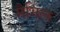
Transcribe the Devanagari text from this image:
मैगिल